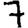
Digit: 7